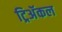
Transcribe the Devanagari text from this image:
ट्रिअॅकल